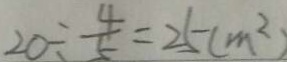
2 0 \div \frac { 4 } { 5 } = 2 5 ( m ^ { 2 } )